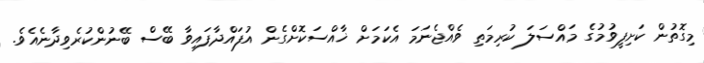
މިގޮތުން ކަށިފީވުމުގެ މައްސަލަ ކުރިމަތި ވެއްޖެނަމަ އެކަމަށް ޚާއްސަކޮށްގެން އުފައްދާފައިވާ ބޭސް ބޭނުންކުރެވިދާނެއެވެ.